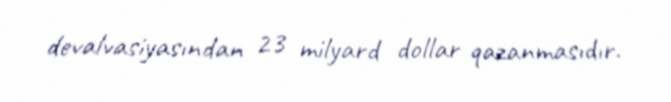
devalvasiyasından 23 milyard dollar qazanmasıdır.